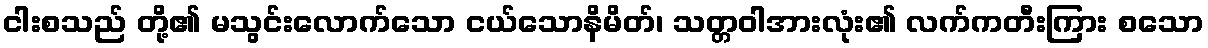
ငါးစသည် တို့၏ မသွင်းလောက်သော ငယ်သောနိမိတ်၊ သတ္တဝါအားလုံး၏ လက်ကတီးကြား စသော